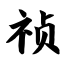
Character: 祯